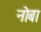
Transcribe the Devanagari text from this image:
नोबा